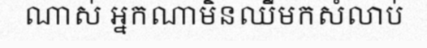
ណាស់ អ្នកណាមិនឈឺមកសំលាប់